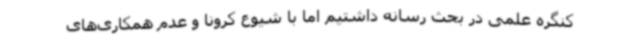
کنگره علمی در بحث رسانه داشتیم اما با شیوع کرونا و عدم همکاری‌های